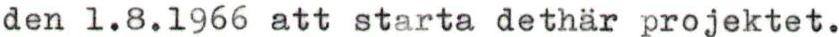
den 1.8.1966 att starta dethär projektet.